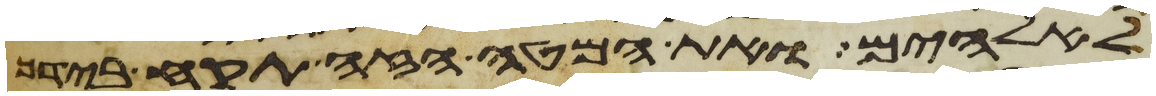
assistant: לאלהים ואת המטה הזה תקח בידך